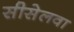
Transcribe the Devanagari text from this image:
सीसेलवा